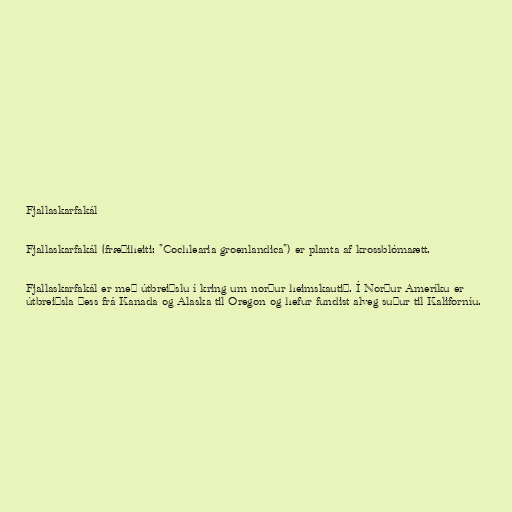
Fjallaskarfakál

Fjallaskarfakál (fræðiheiti: "Cochlearia groenlandica") er planta af krossblómaætt.

Fjallaskarfakál er með útbreiðslu í kring um norður heimskautið. Í Norður Ameríku er
útbreiðsla þess frá Kanada og Alaska til Oregon og hefur fundist alveg suður til Kaliforníu.